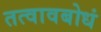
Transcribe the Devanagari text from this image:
तत्वावबोधं